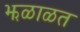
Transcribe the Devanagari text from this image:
झळाळत